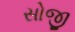
સોજી